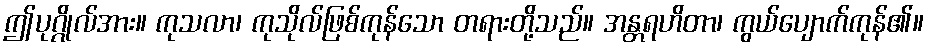
ဤပုဂ္ဂိုလ်အား။ ကုသလာ၊ ကုသိုလ်ဖြစ်ကုန်သော တရားတို့သည်။ အန္တရဟိတာ၊ ကွယ်ပျောက်ကုန်၏။